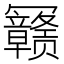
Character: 𰃳